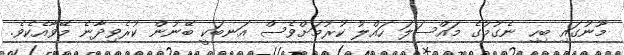
މޫނުގައި ބިހި ނެގުމުގެ މައްސަލަ ހައްލު ކުރުމަށްވެސް އަނބަކީ ބޭނުން ކުރެވިދާނެ މޭވާއެކެވެ.